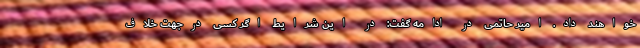
خواهند داد. امیر حاتمی در ادامه گفت: در این شرایط اگر کسی درجهت خلاف